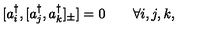
[ a _ { i } ^ { \dagger } , [ a _ { j } ^ { \dagger } , a _ { k } ^ { \dagger } ] _ { \pm } ] = 0 \qquad \forall i , j , k ,